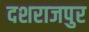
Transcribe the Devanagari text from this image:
दशराजपुर